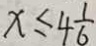
x \leq 4 \frac { 1 } { 6 }